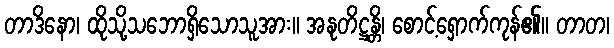
တာဒိနော၊ ထိုသို့သဘောရှိသောသူအား။ အနုတိဋ္ဌန္တိ၊ စောင့်ရှောက်ကုန်၏။ တာတ၊